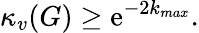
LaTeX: \kappa_{v}(G)\geq\mathrm{e}^{-2k_{max}}.